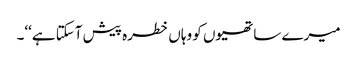
میرے ساتھیوں کو وہاں خطرہ پیش آسکتا ہے‘‘۔